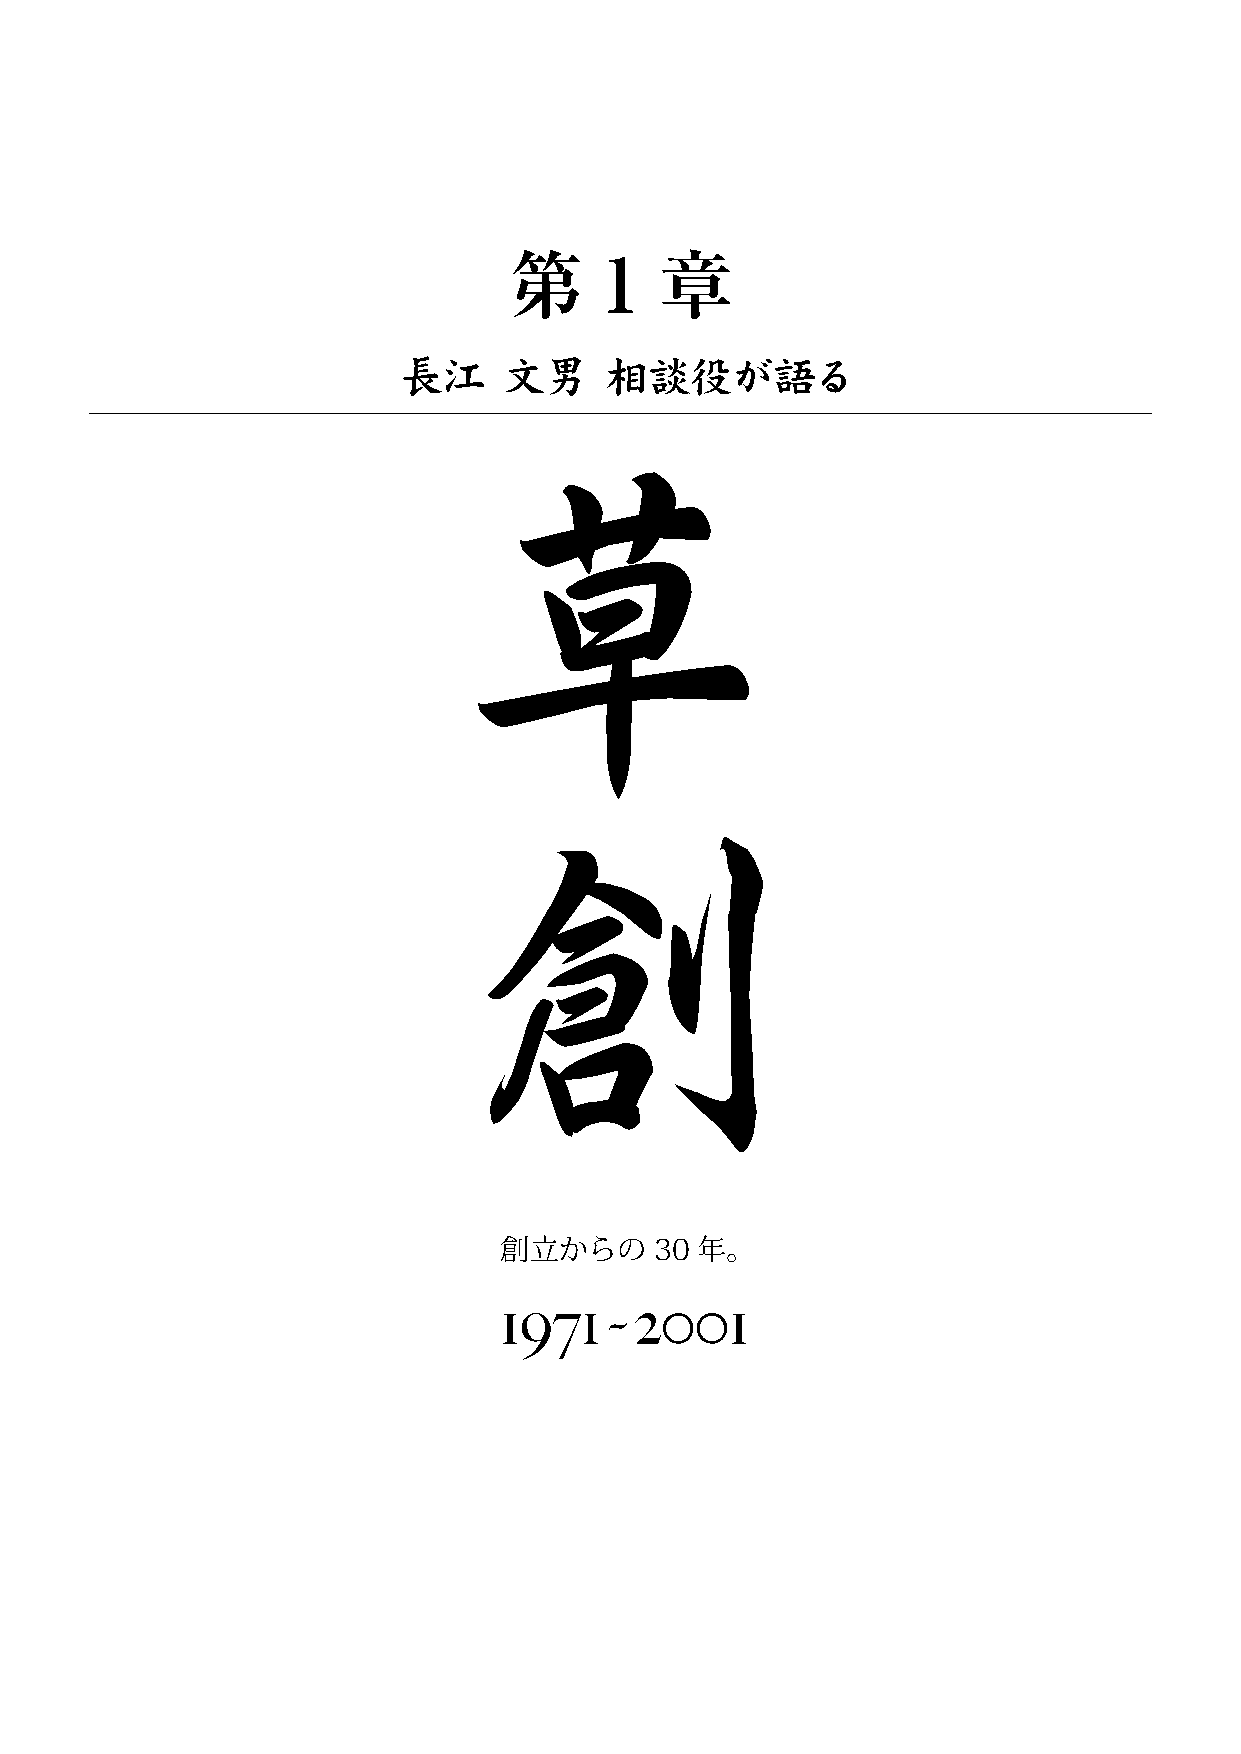
第     1   章
 長江     文男     相談役が語る
 創立からの     30 年。
 1971     2001
 ~